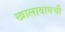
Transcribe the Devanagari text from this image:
खालावायची